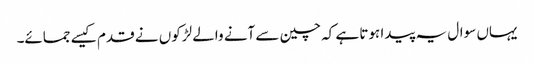
یہاں سوال یہ پیدا ہوتا ہے کہ چین سے آنے والے لڑکوں نے قدم کیسے جمائے۔